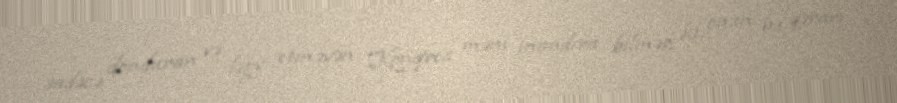
sadəcə donduran və ləğv etməyən Konqres məni inandıra bilməz ki, onun bu qərarı